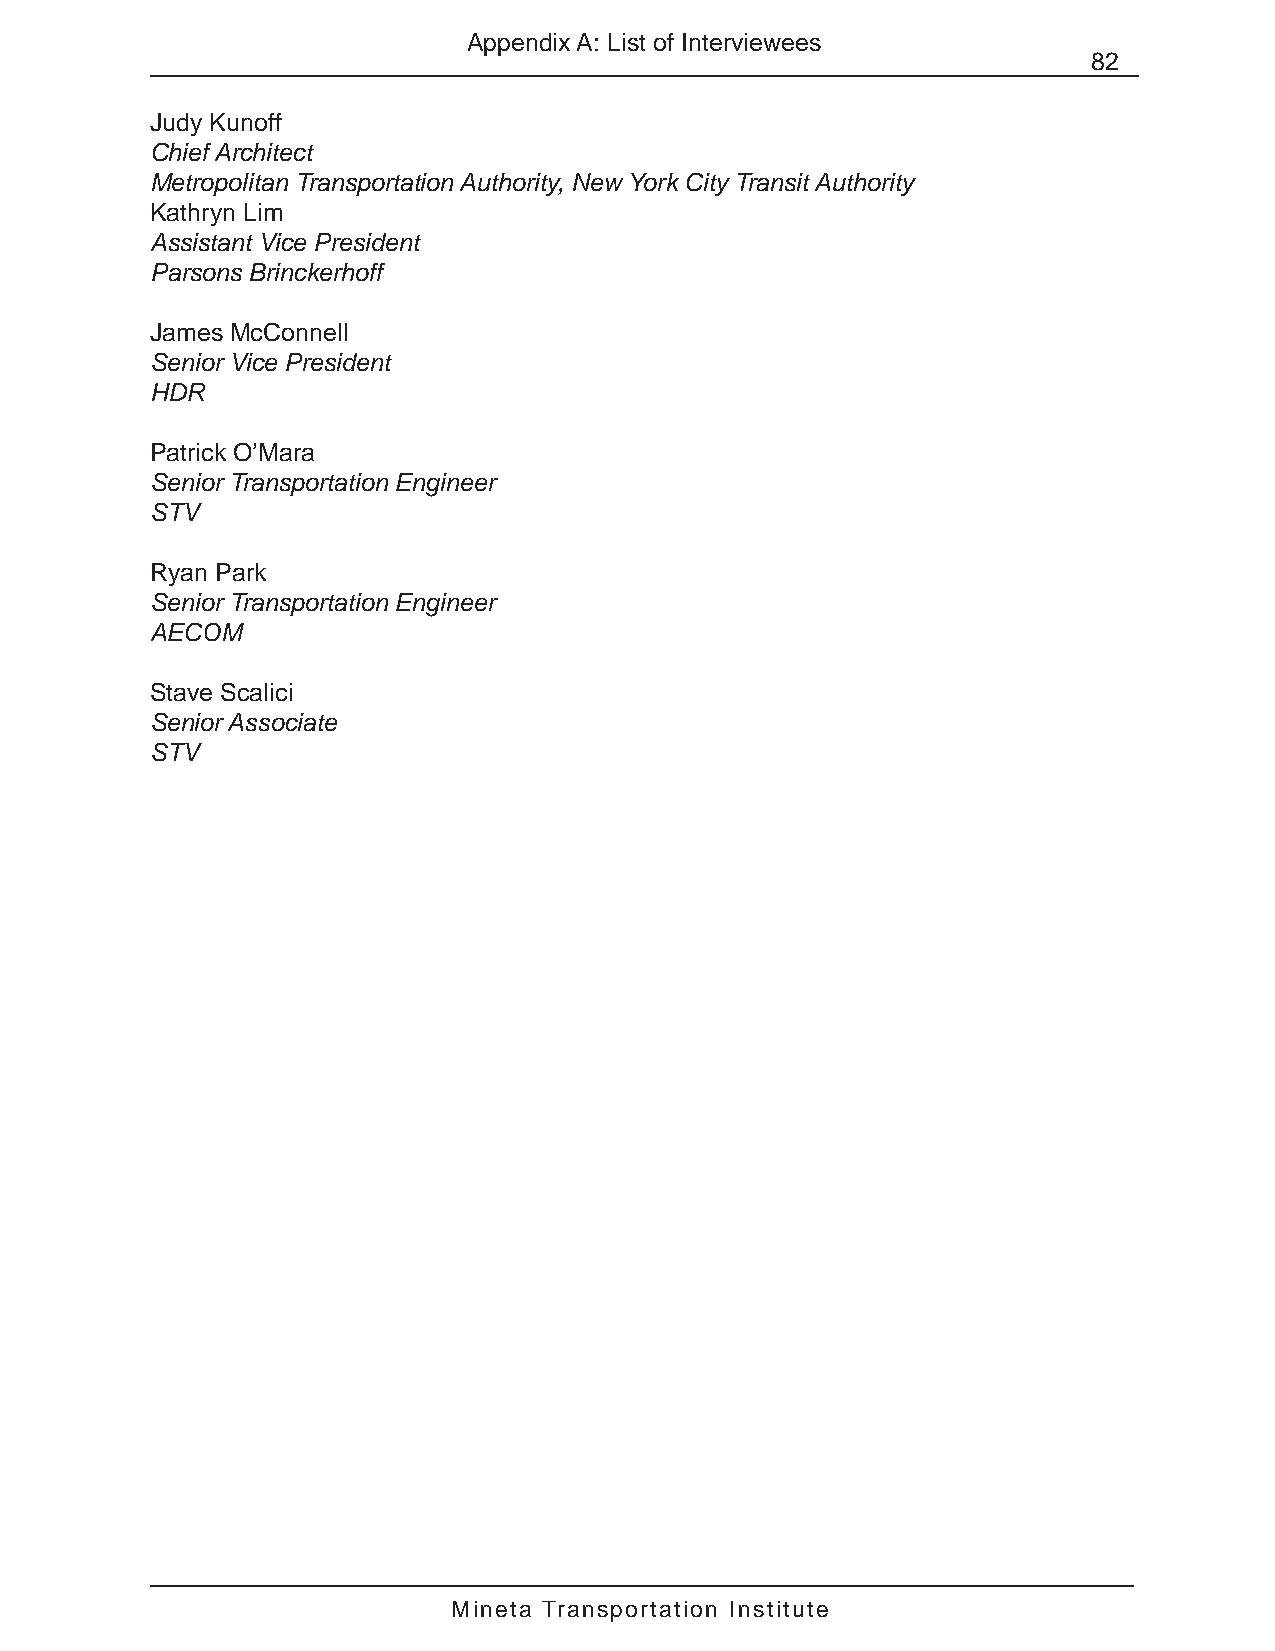
Appendix A: List of Interviewees
 82
 Judy Kunoff
 Chief Architect
 Metropolitan Transportation Authority, New York City Transit Authority
 Kathryn Lim
 Assistant Vice President
 Parsons Brinckerhoff
 James McConnell
 Senior Vice President
 HDR
 Patrick O’Mara
 Senior Transportation Engineer
 STV
 Ryan Park
 Senior Transportation Engineer
 AECOM
 Stave Scalici
 Senior Associate
 STV
 Mineta Transportation Institute